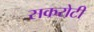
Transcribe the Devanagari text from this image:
सकरोटी